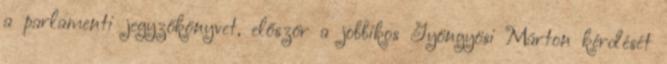
a parlamenti jegyzőkönyvet, először a jobbikos Gyöngyösi Márton kérdését